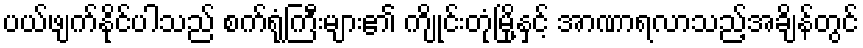
ပယ်ဖျက်နိုင်ပါသည် စက်ရုံကြီးများ၏ ကျိုင်းတုံမြို့နှင့် အာဏာရလာသည့်အချိန်တွင်